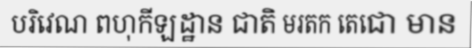
បរិវេណ ពហុកីឡដ្ឋាន ជាតិ មរតក តេជោ មាន